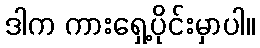
ဒါက ကားရှေ့ပိုင်းမှာပါ။